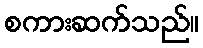
စကားဆက်သည်။